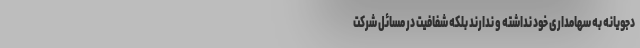
دجویانه به سهامداری خود نداشته و ندارند بلکه شفافیت در مسائل شرکت